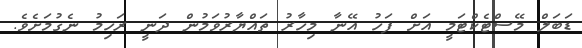
ޑަބަލް މޭސްޓެކްޓަމީ އަށް ފަހު އޭނާ މިހާރު ތައްޔާރުވަމުން ދަނީ ރަހިމު ނެގުމަށެވެ.